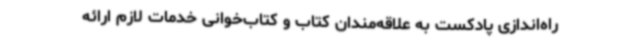
راه‌اندازی پادکست به علاقه‌مندان کتاب و کتاب‌خوانی خدمات لازم ارائه